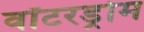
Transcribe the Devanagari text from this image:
वॉटरड्रोम